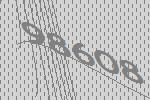
98608